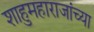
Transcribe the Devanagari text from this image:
शाहुमहाराजांच्या